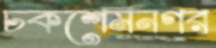
চকশেমনগর